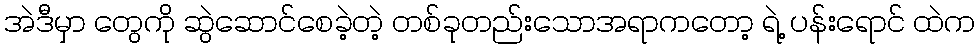
အဲဒီမှာ တွေကို ဆွဲဆောင်စေခဲ့တဲ့ တစ်ခုတည်းသောအရာကတော့ ရဲ့ ပန်းရောင် ထဲက